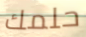
حلمك